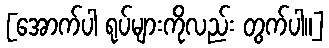
[အောက်ပါ ရုပ်များကိုလည်း တွက်ပါ။]